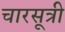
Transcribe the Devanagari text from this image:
चारसूत्री